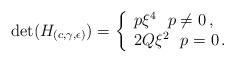
LaTeX: \begin{align*}\det(H_{(c,\gamma,\epsilon)})=\left\{\begin{array}{l}p\xi^4\,\,\,\, p\neq0\,, \\2Q\xi^2\,\,\,\, p=0\,.\end{array}\right.\end{align*}